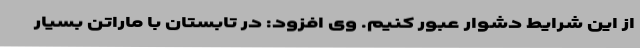
از این شرایط دشوار عبور کنیم. وی افزود: در تابستان با ماراتن بسیار